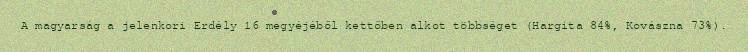
A magyarság a jelenkori Erdély 16 megyéjéből kettőben alkot többséget (Hargita 84%, Kovászna 73%).